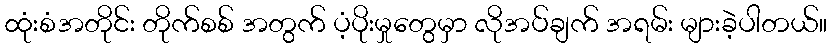
ထုံးစံအတိုင်း တိုက်စစ် အတွက် ပံ့ပိုးမှုတွေမှာ လိုအပ်ချက် အရမ်း များခဲ့ပါတယ်။